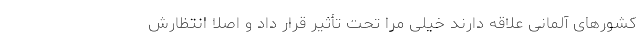
کشورهای آلمانی علاقه دارند خیلی مرا تحت تأثیر قرار داد و اصلا انتظارش